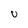
Character: v